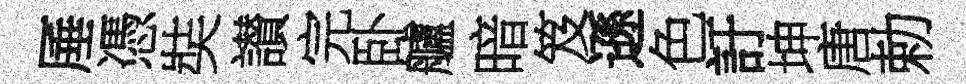
厜憑奘讃完卧艫暗笈遜色訏坤唐勅